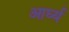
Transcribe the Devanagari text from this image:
आर्घ्य